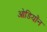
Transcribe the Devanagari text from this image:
ओडियॉन